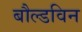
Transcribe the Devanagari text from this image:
बौल्डविन